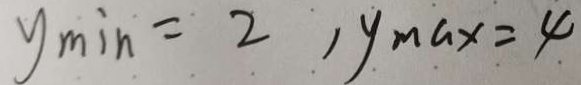
y _ { \min } = 2 , y _ { m } G x = 4